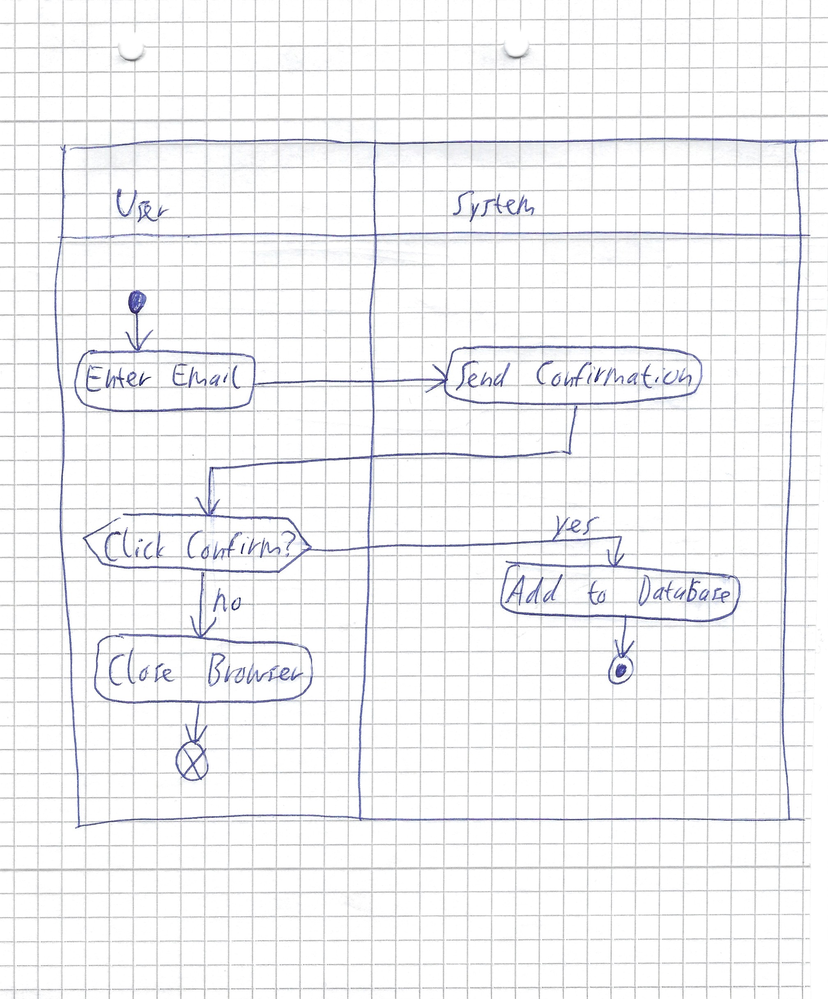
Diagram type: activity_diagram
```plantuml
@startuml

|User|
start
:Enter Email;
|System|
:Send Confirmation;
|User|
if (Click Confirm?) then (no)
  :Close Browser;
  end
else (yes)
  |System|
  :Add to Database;
endif
stop

@enduml
```